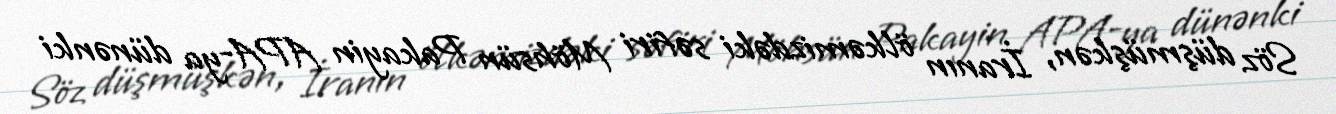
Söz düşmüşkən, İranın ölkəmizdəki səfiri Möhsün Pakayin APA-ya dünənki